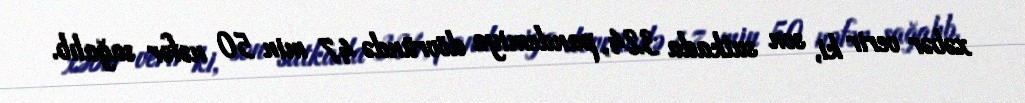
xəbər verir ki, son sutkada 324, pandemiya dövründə 47 min 50 nəfər sağalıb.